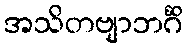
အသိတဗျာဘင်္ဂိ